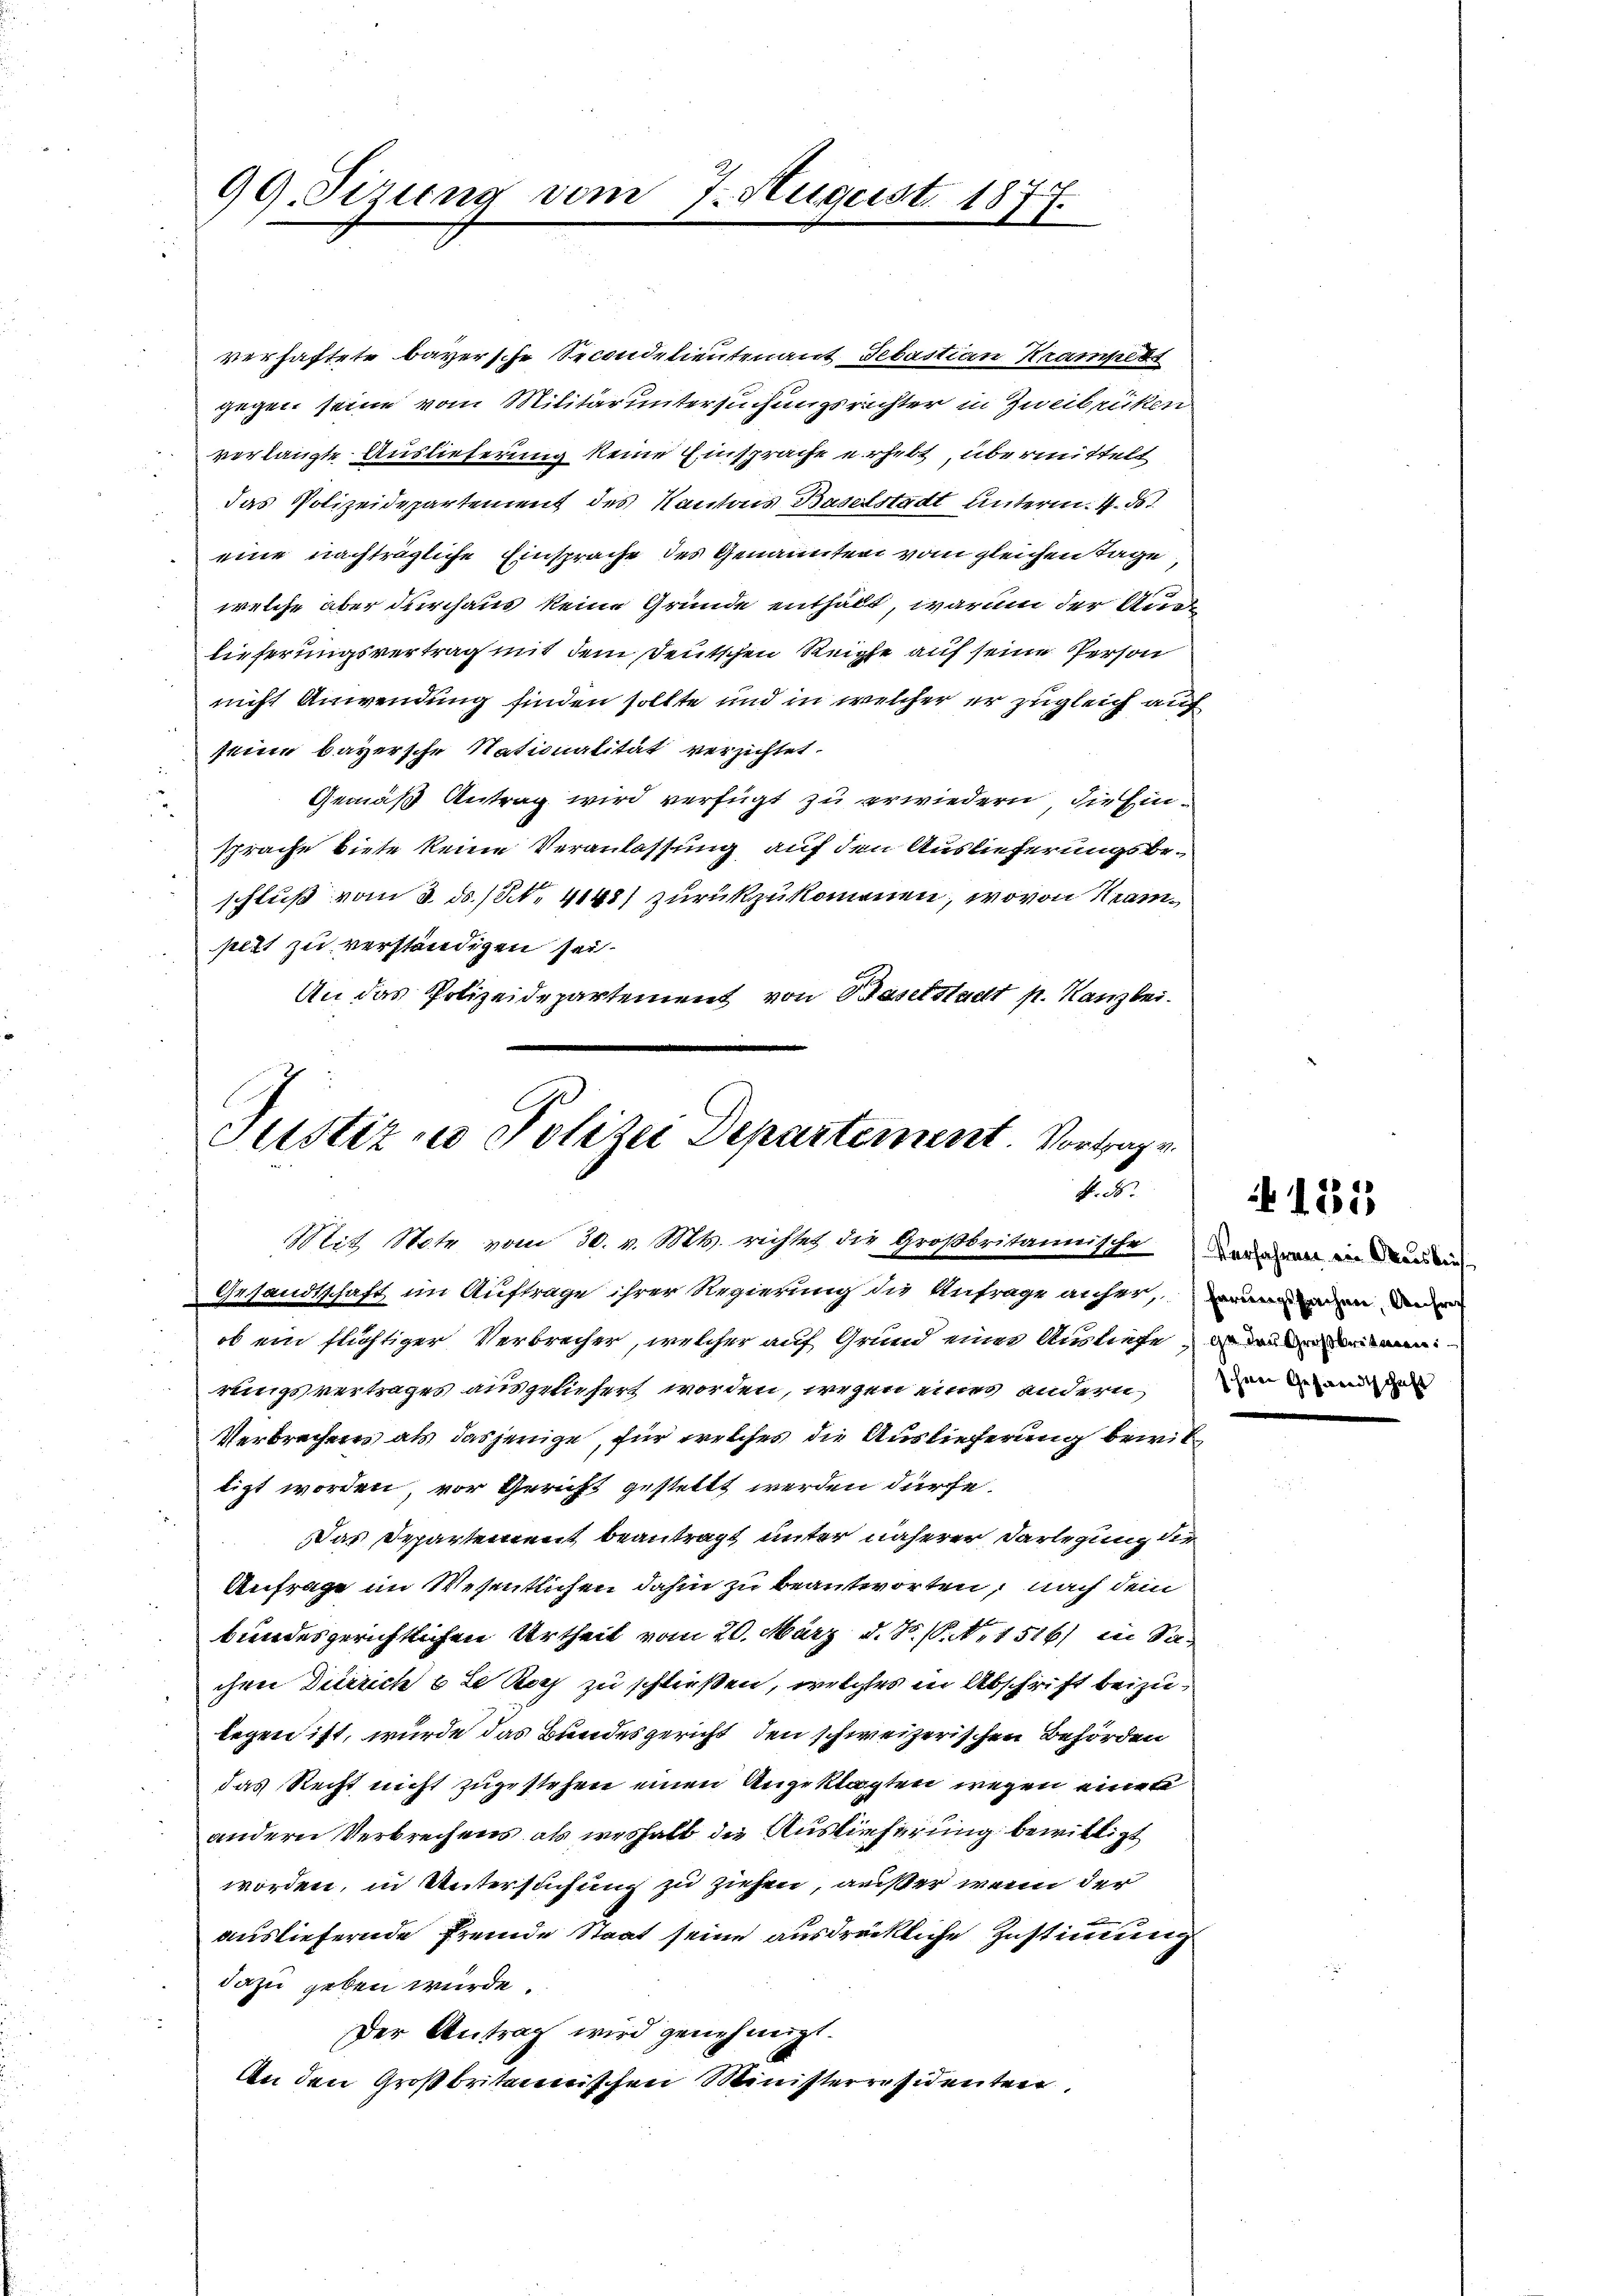
99. Sizung vom 7. August 1877.

verhaftete bayersche Secondalientenant Sebastian Krampert
gegen seine vom Militär untersuchungsrichter in Zweibrüken
verlangte Auslieferung keine Einsprache erhebt, übermittelt
das Polizeidepartement des Kantons Baselstadt unterm 4. ds.
eine nachträgliche Einsprache des Genannten vom gleichen Tage,
welche aber durchaus keine Gründe enthält, warum der Auslieferungsvertrag mit dem deutschen Reiche auf seine Person
nicht Anwendung finden sollte und in welcher er zugleich auf
seine bayersche Nationalität verzichtet.
Gemäß Antrag wird verfügt zu erwiedern, die Einsprache biete keine Veranlassung auf den Auslieferungsbeschluß vom 3. d. 18. 4148) zurückzukommen, wovon Neampitt zu verständigen sei.
An das Polizeidepartement von Baselstadt p. Kanzlei.

Justiz & Polizei Departement. Vortrage.
N. 56.
Mit Note vom 30. v. Mts. richtet die Großbritannische Todesmal in Beden
Gesandtschaft im Auftrage ihrer Regierung die Anfrage anher, in ander

ob ein flichtiger Verbrecher, welcher auf Grund einer Ausliefe, mi
rungsvertrages ausgeliefert worden, wegen eines andern und
Verbrechen als dasjenige, für welches die Auslieferung bewiltigt worden, vor Gericht gestellt werden dürfe.
Das Departement beantragt unter näherer Darlegung die
Anfrage im Wesentlichen dahin zu beantworten, nach dem
bundesgerichtlichen Urtheil vom 20. März d. S. P. N. 1516) in Sachen Dürrich 6 te Koch zu schließen, welches in Abschrift beizulegen ist, wurde das Bundesgericht, den schweizerischen Behörden
das Recht nicht zugestehen einen Angeklagten wegen eine
andern Verbrechens als weshalb die Auslieferung bewilligt
worden, in Untersuchung zu ziehen, außer wenn der
ausliefernde fremde Staat seine ausdrückliche Zustimmung
dazu geben würde.
Der Antrag wird genehmigt.
An den Großbritannischen Ministerräsidenten.

185